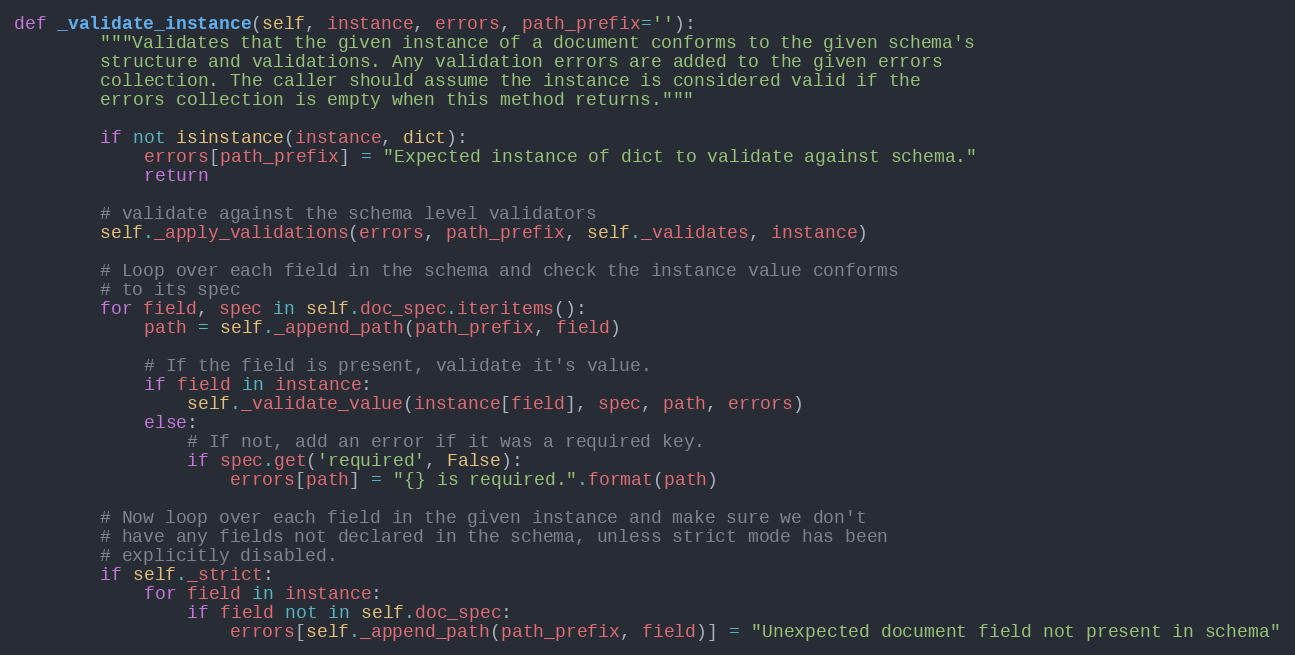
Language: Python
def _validate_instance(self, instance, errors, path_prefix=''):
        """Validates that the given instance of a document conforms to the given schema's
        structure and validations. Any validation errors are added to the given errors
        collection. The caller should assume the instance is considered valid if the
        errors collection is empty when this method returns."""

        if not isinstance(instance, dict):
            errors[path_prefix] = "Expected instance of dict to validate against schema."
            return

        # validate against the schema level validators
        self._apply_validations(errors, path_prefix, self._validates, instance)

        # Loop over each field in the schema and check the instance value conforms
        # to its spec
        for field, spec in self.doc_spec.iteritems():
            path = self._append_path(path_prefix, field)

            # If the field is present, validate it's value.
            if field in instance:
                self._validate_value(instance[field], spec, path, errors)
            else:
                # If not, add an error if it was a required key.
                if spec.get('required', False):
                    errors[path] = "{} is required.".format(path)

        # Now loop over each field in the given instance and make sure we don't
        # have any fields not declared in the schema, unless strict mode has been
        # explicitly disabled.
        if self._strict:
            for field in instance:
                if field not in self.doc_spec:
                    errors[self._append_path(path_prefix, field)] = "Unexpected document field not present in schema"